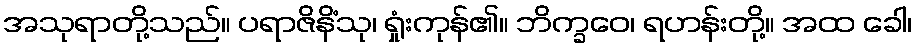
အသုရာတို့သည်။ ပရာဇိနိံသု၊ ရှုံးကုန်၏။ ဘိက္ခဝေ၊ ရဟန်းတို့။ အထ ခေါ၊